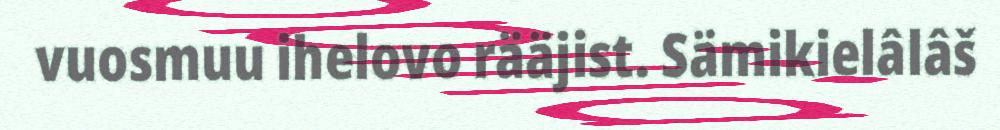
vuosmuu ihelovo rääjist. Sämikielâlâš